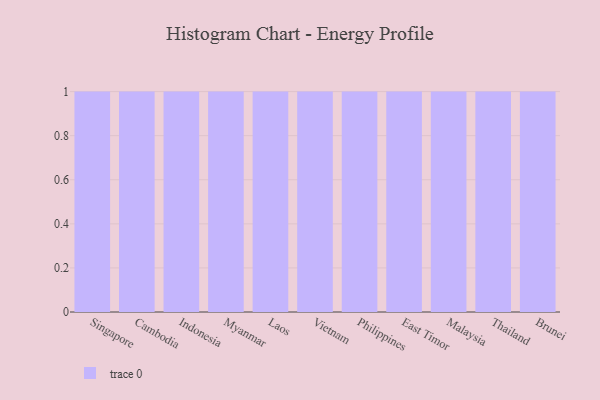
{"axis": {"x": "Country", "y": "Headcount"}, "legend": [""], "data": [{"x": "Singapore", "y": 2, "type": ""}, {"x": "Cambodia", "y": 58, "type": ""}, {"x": "Indonesia", "y": 87, "type": ""}, {"x": "Myanmar", "y": 61, "type": ""}, {"x": "Laos", "y": 47, "type": ""}, {"x": "Vietnam", "y": 41, "type": ""}, {"x": "Philippines", "y": 16, "type": ""}, {"x": "East Timor", "y": 45, "type": ""}, {"x": "Malaysia", "y": 15, "type": ""}, {"x": "Thailand", "y": 62, "type": ""}, {"x": "Brunei", "y": 77, "type": ""}]}